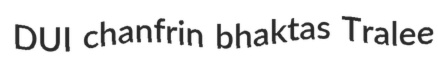
DUI chanfrin bhaktas Tralee